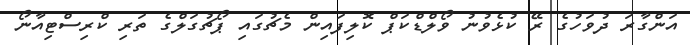
އަންގާރަ ދުވަހުގެ ރޭ ކުޅެވުނު ވޯލްޑްކަޕް ކޮލިފައިން މެޗުގައި ޕޯޗުގަލްގެ ތަރި ކްރިސްޓިއާނޯ